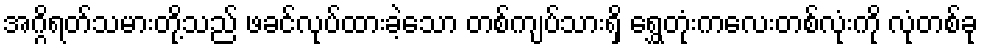
အဂ္ဂိရတ်သမားတို့သည် ဖခင်လုပ်ထားခဲ့သော တစ်ကျပ်သားရှိ ရွှေတုံးကလေးတစ်လုံးကို လုံတစ်ခု